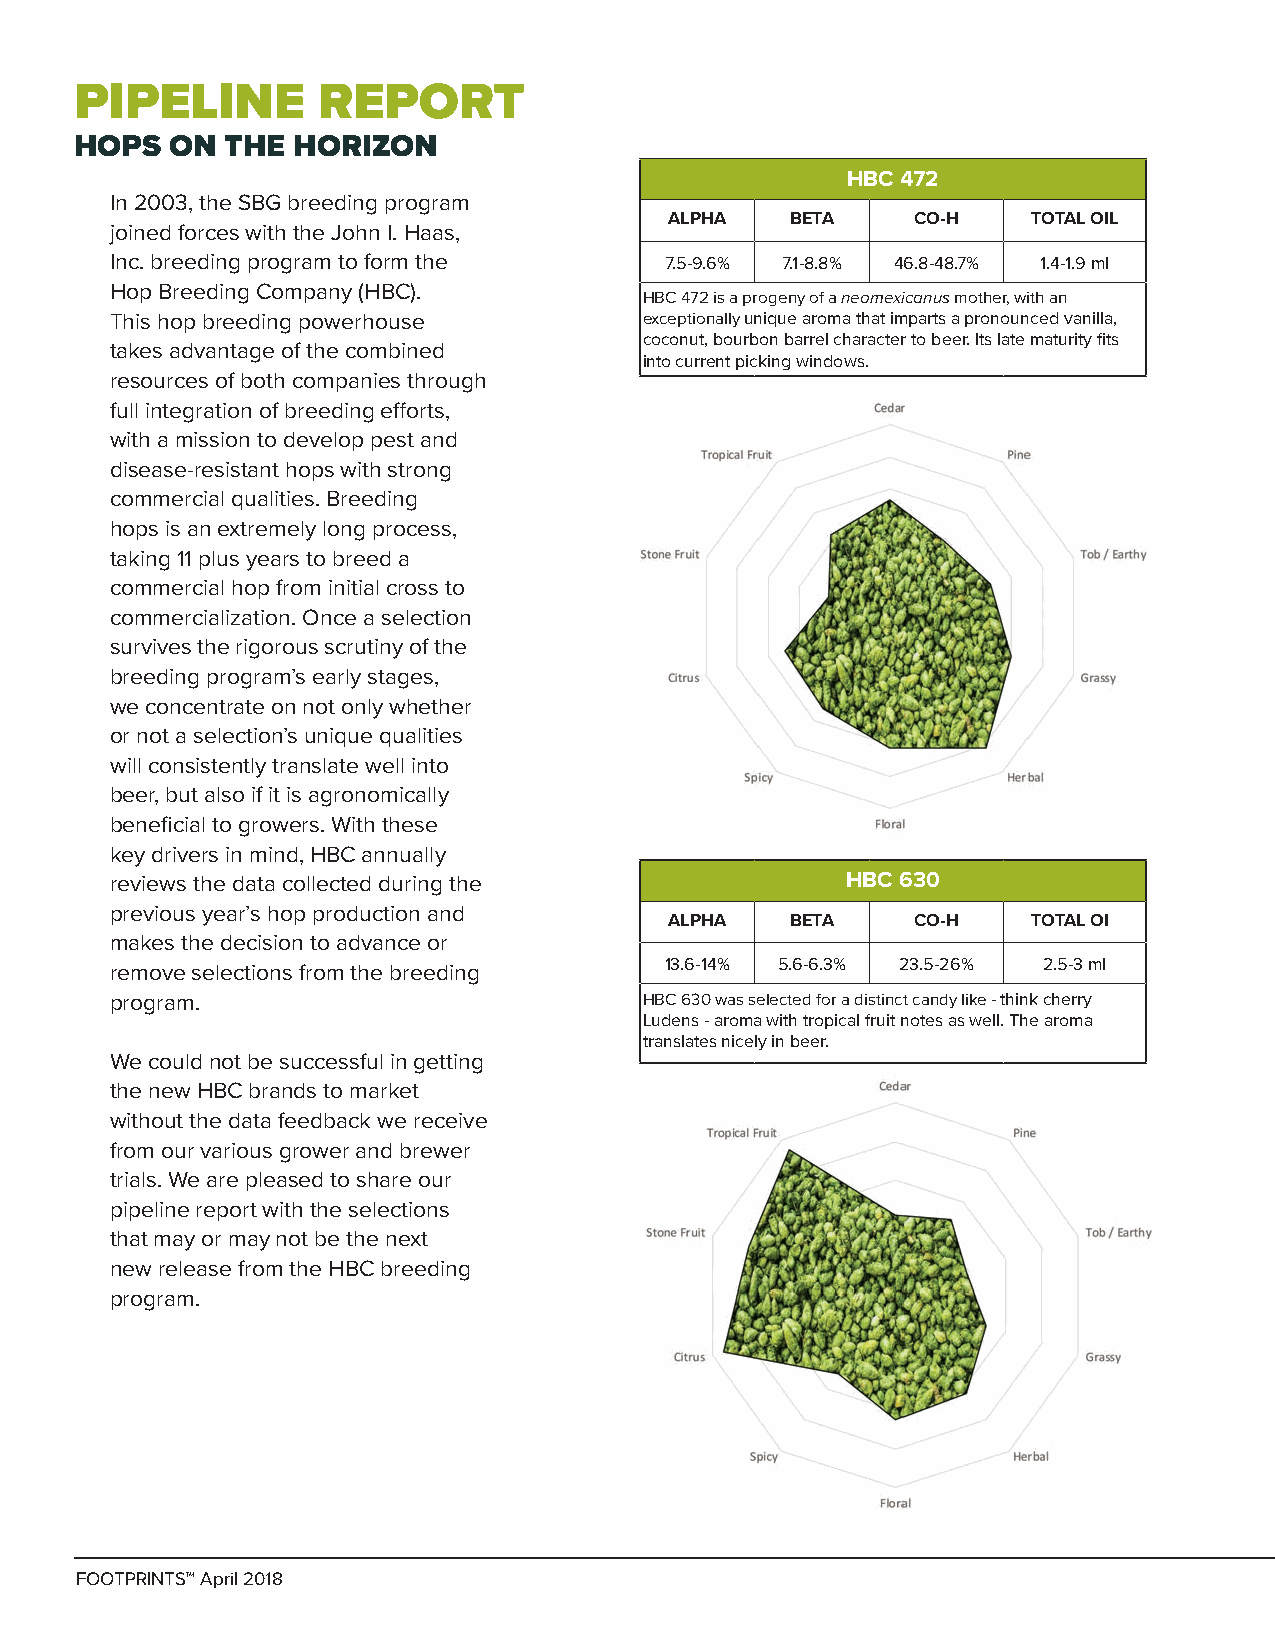
PIPELINE        REPORT
 HOPS  ON  THE HORIZON
 HBC 472
 In 2003, the SBG breeding program
 ALPHA   BETA     CO-H   TOTAL OIL
 joined forces with the John I. Haas,
 Inc. breeding program to form the    7.5-9.6% 7.1-8.8% 46.8-48.7% 1.4-1.9 ml
 Hop Breeding Company (HBC).
 HBC 472 is a progeny of a neomexicanus mother, with an
 This hop breeding powerhouse        exceptionally unique aroma that imparts a pronounced vanilla,
 coconut, bourbon barrel character to beer. Its late maturity fits
 takes advantage of the combined
 into current picking windows.
 resources of both companies through
 full integration of breeding efforts,
 with a mission to develop pest and
 disease-resistant hops with strong
 commercial qualities. Breeding
 hops is an extremely long process,
 taking 11 plus years to breed a
 commercial hop from initial cross to
 commercialization. Once a selection
 survives the rigorous scrutiny of the
 breeding program’s early stages,
 we concentrate on not only whether
 or not a selection’s unique qualities
 will consistently translate well into
 beer, but also if it is agronomically
 beneficial to growers. With these
 key drivers in mind, HBC annually
 HBC 520
 reviews the data collected during the            HBC 630
 previous year’s hop production and
 ALPHA   BETA     CO-H   TOTAL OIL
 makes the decision to advance or
 remove selections from the breeding  13.6-14% 5.6-6.3% 23.5-26% 2.5-3 ml
 program.                            HBC 630 was selected for a distinct candy like - think cherry
 Ludens - aroma with tropical fruit notes as well. The aroma
 translates nicely in beer.
 We could not be successful in getting
 the new HBC brands to market
 without the data feedback we receive
 from our various grower and brewer
 trials. We are pleased to share our
 pipeline report with the selections
 that may or may not be the next
 new release from the HBC breeding
 program.
 FOOTPRINTS™ April 2018